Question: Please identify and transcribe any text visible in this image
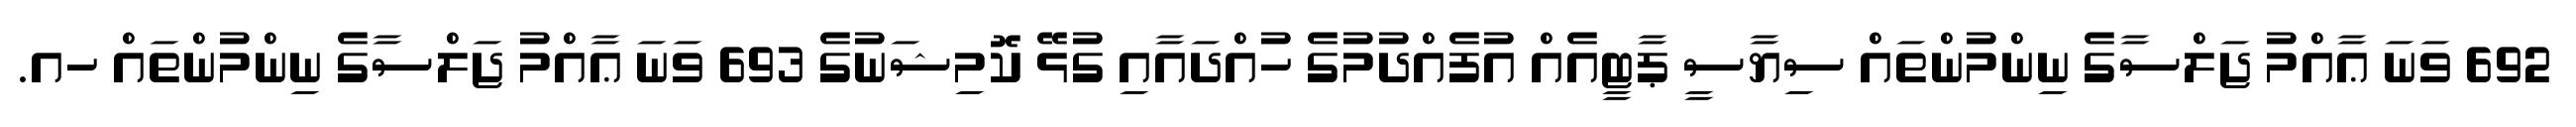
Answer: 692 ވަނަ ޢާއްމު ޖަލްސާގެ ނިންމުންތައް ސިޔާސީ ޕާޓީއެއް އުފެއްދުމުގެ ހުއްދައާއި ގުޅޭ ކޮމިޝަނުގެ 693 ވަނަ ޢާއްމު ޖަލްސާގެ ނިންމުންތައް ހއ.